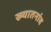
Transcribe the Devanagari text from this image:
ख्यातनांव